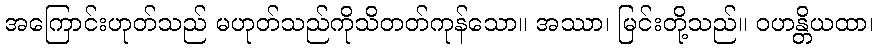
အကြောင်းဟုတ်သည် မဟုတ်သည်ကိုသိတတ်ကုန်သော။ အဿာ၊ မြင်းတို့သည်။ ဝဟန္တိယထာ၊